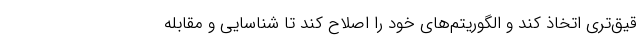
قیق‌تری اتخاذ کند و الگوریتم‌های خود را اصلاح کند تا شناسایی و مقابله